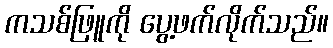
ကသစ်ဖြူကို ပွေ့ဖက်လိုက်သည်။